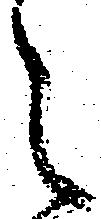
之